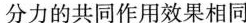
分力的共同作用效果相同